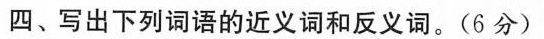
四、写出下列词语的近义词和反义词。